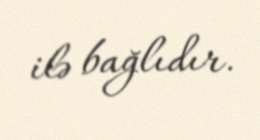
ilə bağlıdır.